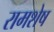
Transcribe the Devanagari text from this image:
रामशेष